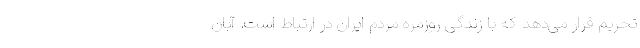
تحریم قرار می‌دهد که با زندگی روزمره مردم ایران در ارتباط است. آبان